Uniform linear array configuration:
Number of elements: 16
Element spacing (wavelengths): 0.5
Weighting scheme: exponential
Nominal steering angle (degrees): -30
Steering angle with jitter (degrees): -28.36
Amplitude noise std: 0.05
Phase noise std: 0.05

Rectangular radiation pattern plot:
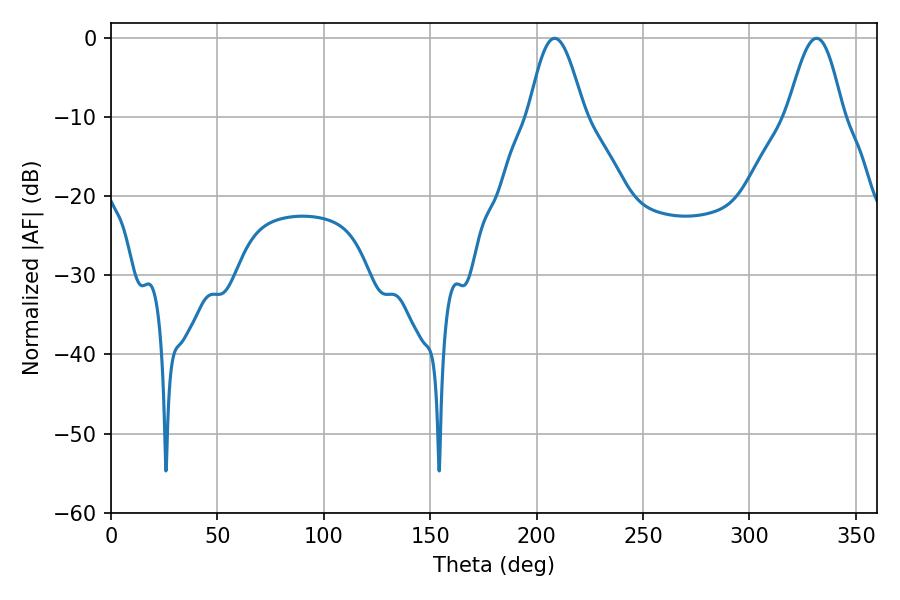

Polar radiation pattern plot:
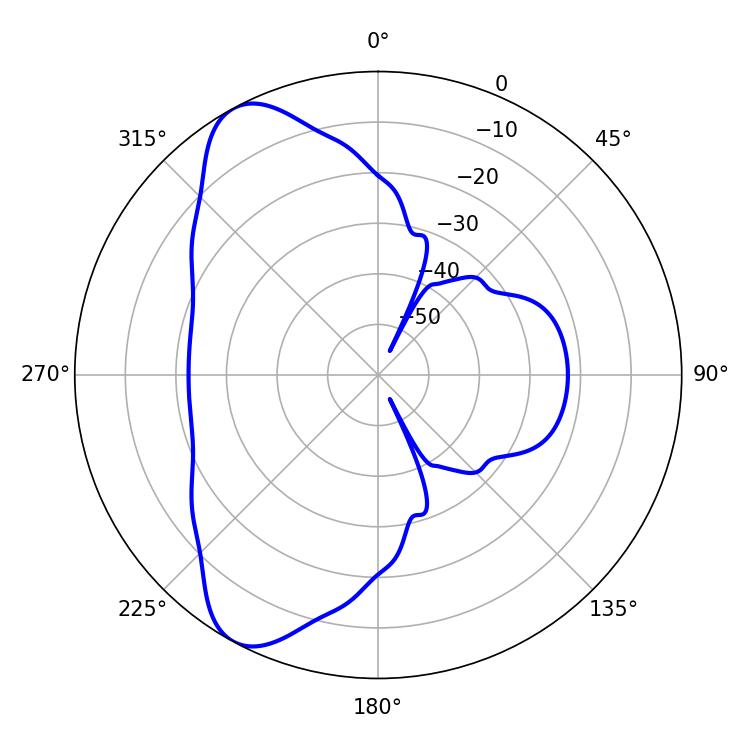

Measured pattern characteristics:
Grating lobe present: FALSE
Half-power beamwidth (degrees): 13.86
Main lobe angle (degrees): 208.44